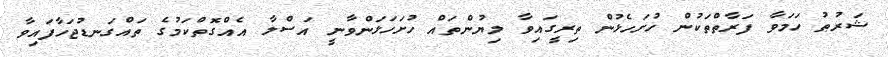
ޝަރުޠު ހަމަވާ ފަރާތްތަކުން ހުށަހެޅުން ތިރީގައިވާ ލިޔުންތައް ހުށަހަޅަންވާނީ އަސްލާ އެއްގޮތްކަމުގެ ތައްގަނޑުޖަހާފައިވާ